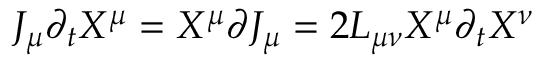
J _ { \mu } \partial _ { t } X ^ { \mu } = X ^ { \mu } \partial J _ { \mu } = 2 L _ { \mu \nu } X ^ { \mu } \partial _ { t } X ^ { \nu }